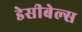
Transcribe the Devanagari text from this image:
डेसीबेल्स